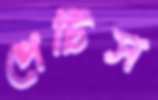
পেটিস